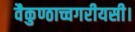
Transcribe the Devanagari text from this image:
वैकुण्ठाच्चगरीयसी।